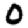
Digit: 0